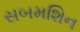
સબમશિન